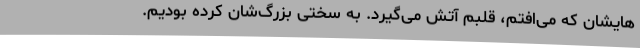
‌هایشان که می‌افتم، قلبم آتش می‌گیرد. به سختی بزرگ‌شان کرده بودیم.